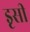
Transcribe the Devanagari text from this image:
इृसी